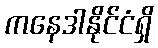
ကနေဒါနိုင်ငံရှိ